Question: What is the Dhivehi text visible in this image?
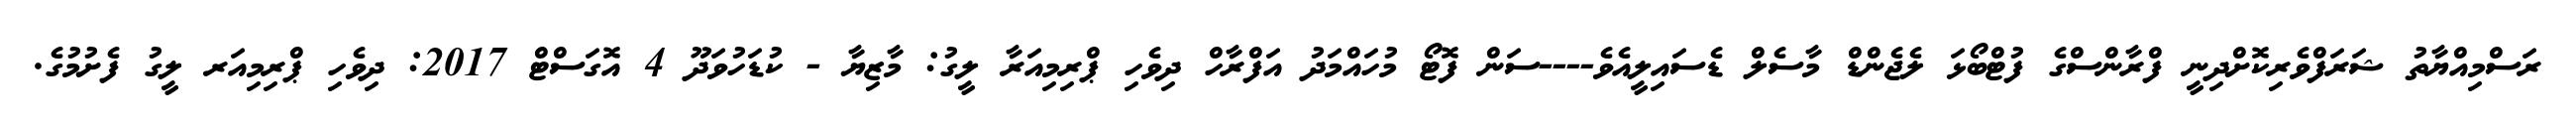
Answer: ރަސްމިއްޔާތު ޝަރަފްވެރިކޮށްދިނީ ފްރާންސްގެ ފުޓްބޯޅަ ލެޖެންޑް މާސެލް ޑެސައިލީއެވެ----ސަން ފޮޓޯ މުހައްމަދު އަފްރާހް ދިވެހި ޕްރިމިއަރާ ލީގު: މާޒިޔާ - ކުޑަހުވަދޫ 4 އޮގަސްޓް 2017: ދިވެހި ޕްރިމިއަރ ލީގު ފެށުމުގެ.